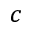
c